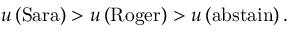
u \left( { \mathrm { S a r a } } \right) > u \left( { \mathrm { R o g e r } } \right) > u \left( { \mathrm { a b s t a i n } } \right) .